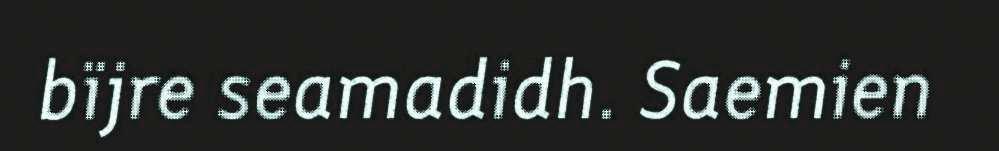
bïjre seamadidh. Saemien